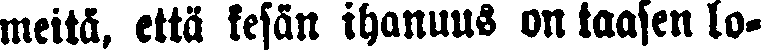
meitä, että kesän ihanuus on taasen lo-